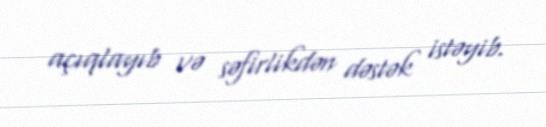
açıqlayıb və səfirlikdən dəstək istəyib.